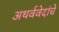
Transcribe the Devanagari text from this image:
अथर्ववेदांचे